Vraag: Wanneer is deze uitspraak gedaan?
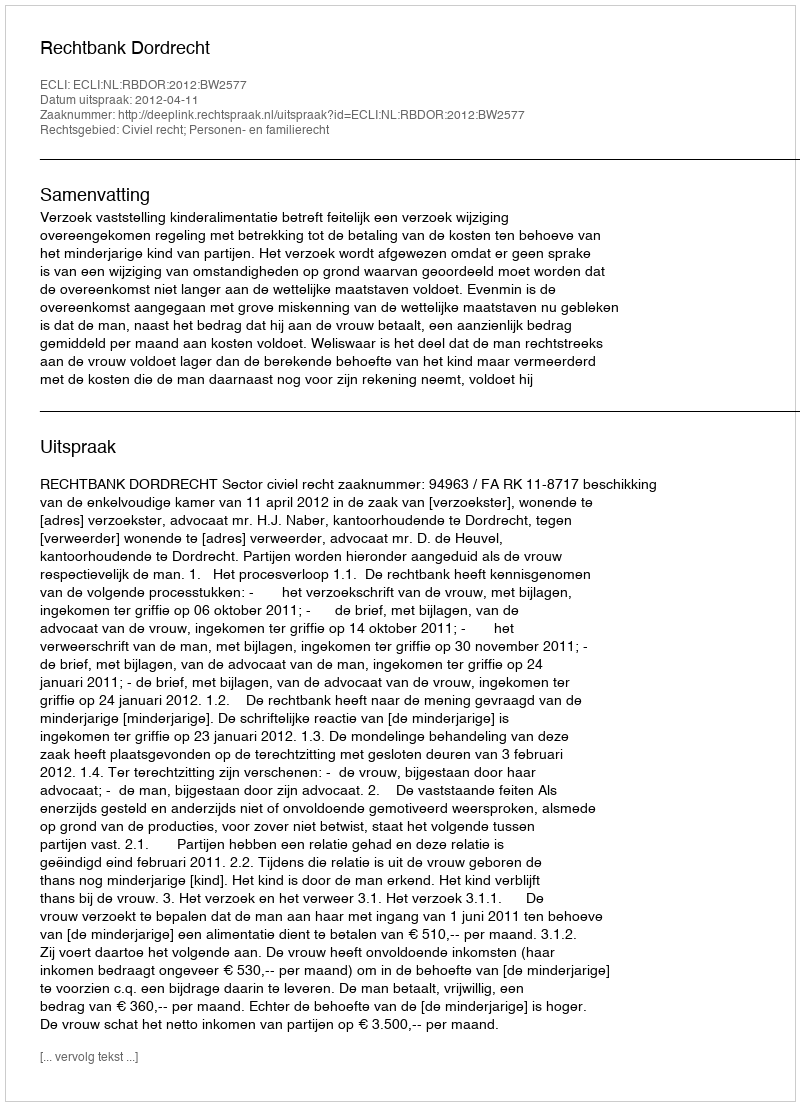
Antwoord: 2012-04-11